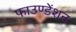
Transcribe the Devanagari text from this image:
फाउण्डेंशन